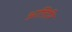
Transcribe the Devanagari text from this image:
अतिरि